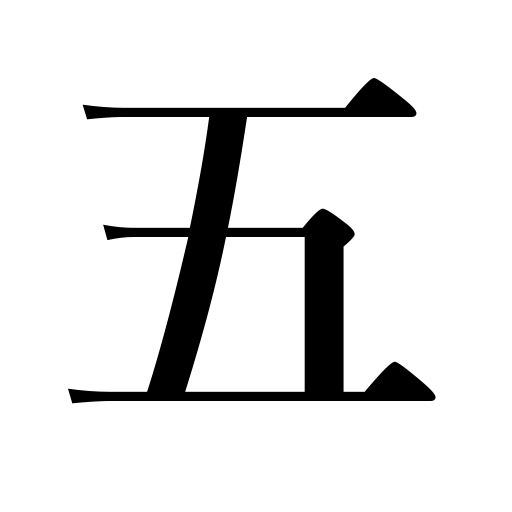
Meanings: five years old,five